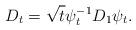
LaTeX: \begin{align*}\begin{aligned}D_{t}=\sqrt{t}\psi^{-1}_{t}D_{1}\psi_{t}.\end{aligned}\end{align*}